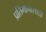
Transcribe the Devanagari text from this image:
प्रतिमानासाठी